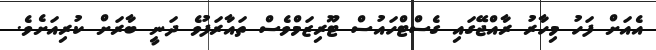
އެއަށް ފަހު މިހާރު ރާއްޖޭގައި ގެސްޓްހައުސް ޓޫރިޒަމްވެސް ތައާރަފުވެ ދަނީ ބާރަށް ކުރިއަށެވެ.